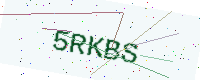
Text: 5RKBS